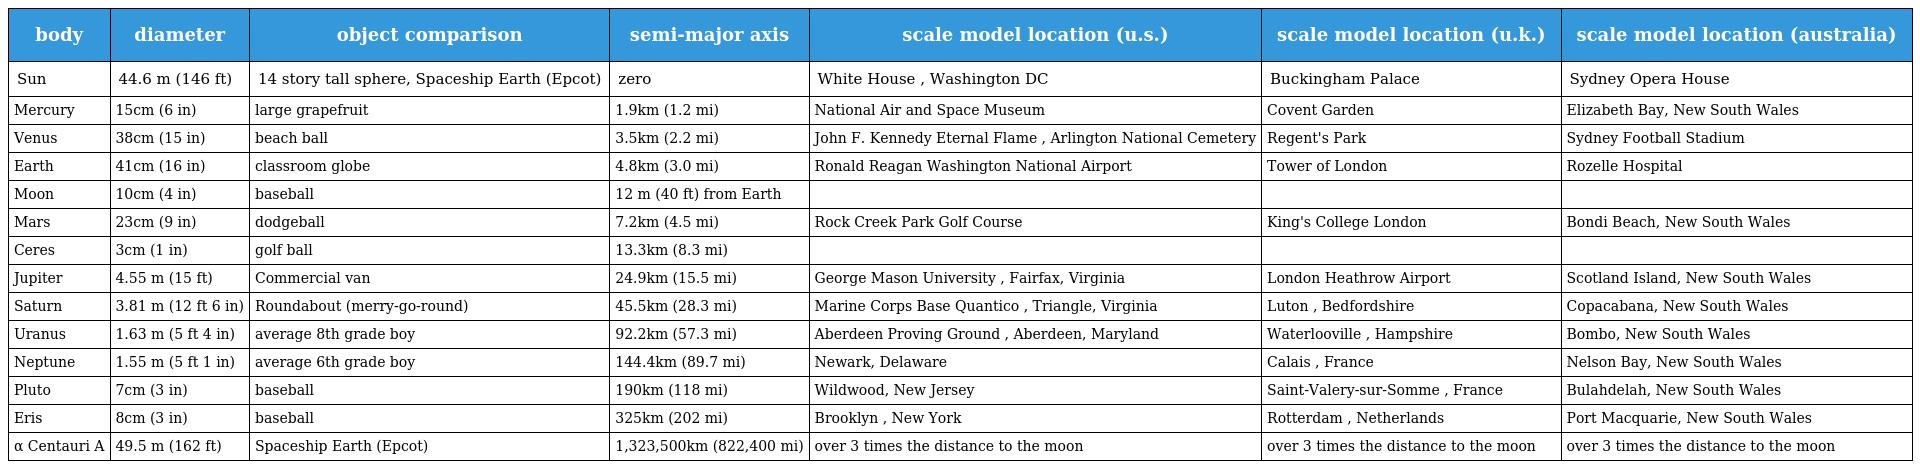
| body | diameter | object comparison | semi-major axis | scale model location (u.s.) | scale model location (u.k.) | scale model location (australia) |
 | --- | --- | --- | --- | --- | --- | --- |
 | Sun | 44.6 m (146 ft) | 14 story tall sphere, Spaceship Earth (Epcot) | zero | White House , Washington DC | Buckingham Palace | Sydney Opera House |
 | Mercury | 15cm (6 in) | large grapefruit | 1.9km (1.2 mi) | National Air and Space Museum | Covent Garden | Elizabeth Bay, New South Wales |
 | Venus | 38cm (15 in) | beach ball | 3.5km (2.2 mi) | John F. Kennedy Eternal Flame , Arlington National Cemetery | Regent's Park | Sydney Football Stadium |
 | Earth | 41cm (16 in) | classroom globe | 4.8km (3.0 mi) | Ronald Reagan Washington National Airport | Tower of London | Rozelle Hospital |
 | Moon | 10cm (4 in) | baseball | 12 m (40 ft) from Earth |  |  |  |
 | Mars | 23cm (9 in) | dodgeball | 7.2km (4.5 mi) | Rock Creek Park Golf Course | King's College London | Bondi Beach, New South Wales |
 | Ceres | 3cm (1 in) | golf ball | 13.3km (8.3 mi) |  |  |  |
 | Jupiter | 4.55 m (15 ft) | Commercial van | 24.9km (15.5 mi) | George Mason University , Fairfax, Virginia | London Heathrow Airport | Scotland Island, New South Wales |
 | Saturn | 3.81 m (12 ft 6 in) | Roundabout (merry-go-round) | 45.5km (28.3 mi) | Marine Corps Base Quantico , Triangle, Virginia | Luton , Bedfordshire | Copacabana, New South Wales |
 | Uranus | 1.63 m (5 ft 4 in) | average 8th grade boy | 92.2km (57.3 mi) | Aberdeen Proving Ground , Aberdeen, Maryland | Waterlooville , Hampshire | Bombo, New South Wales |
 | Neptune | 1.55 m (5 ft 1 in) | average 6th grade boy | 144.4km (89.7 mi) | Newark, Delaware | Calais , France | Nelson Bay, New South Wales |
 | Pluto | 7cm (3 in) | baseball | 190km (118 mi) | Wildwood, New Jersey | Saint-Valery-sur-Somme , France | Bulahdelah, New South Wales |
 | Eris | 8cm (3 in) | baseball | 325km (202 mi) | Brooklyn , New York | Rotterdam , Netherlands | Port Macquarie, New South Wales |
 | α Centauri A | 49.5 m (162 ft) | Spaceship Earth (Epcot) | 1,323,500km (822,400 mi) | over 3 times the distance to the moon | over 3 times the distance to the moon | over 3 times the distance to the moon |